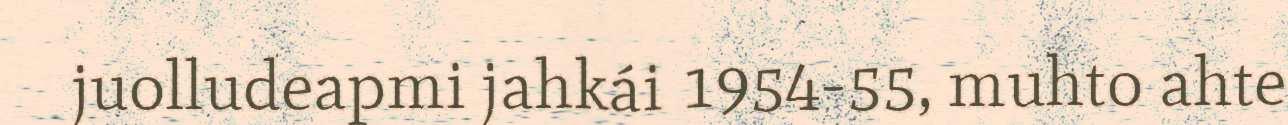
juolludeapmi jahkái 1954-55, muhto ahte